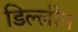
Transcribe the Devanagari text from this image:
डिल्लीन